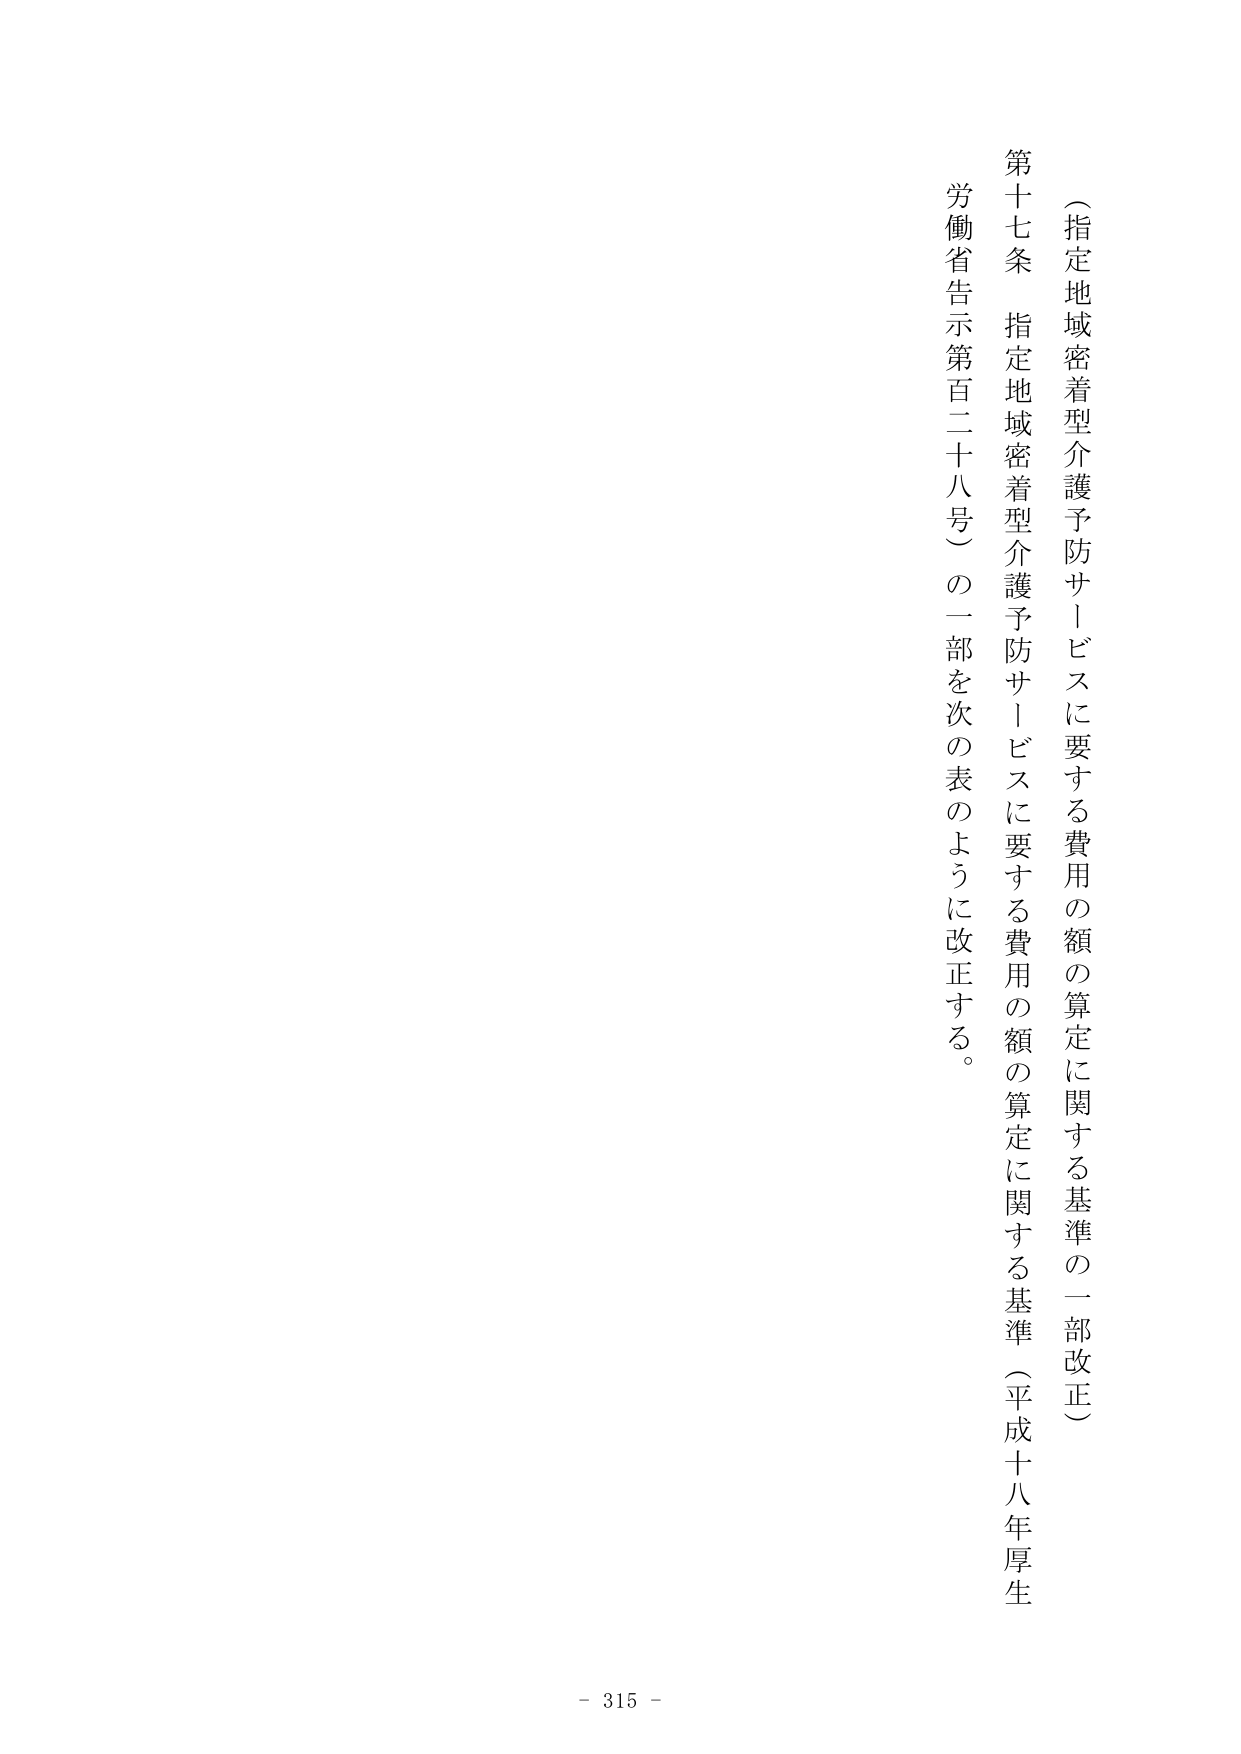
（指定地域密着型介護予防サービスに要する費用の額の算定に関する基準の一部改正）

第十七条 指定地域密着型介護予防サービスに要する費用の額の算定に関する基準（平成十八年厚生労働省告示第百二十八号）の一部を次の表のように改正する。

- 315 -